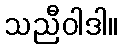
သညီဝါဒါ။